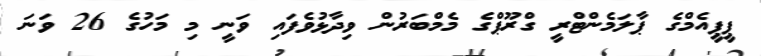
ޕީޕީއެމްގެ ޕާލަމެންޓްރީ ގްރޫޕްގެ މެމްބަރުން ވިދާޅުވެފައި ވަނީ މި މަހުގެ 26 ވަނަ